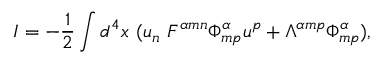
I = - \frac { 1 } { 2 } \int d ^ { 4 } x \ ( u _ { n } \ { \cal F } ^ { \alpha m n } { \Phi } _ { m p } ^ { \alpha } u ^ { p } + { \Lambda } ^ { \alpha m p } { \Phi } _ { m p } ^ { \alpha } ) ,